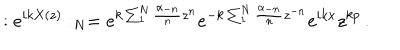
LaTeX: : e ^ { i k X ( z ) } : _ { N } = e ^ { k \sum _ { 1 } ^ { N } \frac { \alpha _ { - n } } { n } z ^ { n } } e ^ { - k \sum _ { 1 } ^ { N } \frac { \alpha _ { - n } } { n } z ^ { - n } } e ^ { i k x } z ^ { k p } \, .